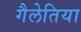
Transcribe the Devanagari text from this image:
गैलेतिया